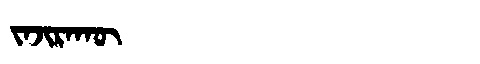
Manchu: ᠵᠠᠵᡳᡵᠠᡴᡡ
Romanization: JAJIRAKŪ